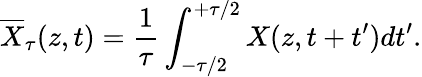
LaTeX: \overline{{X}}_{\tau}(z,t)=\frac{1}{\tau}\int_{-\tau/2}^{+\tau/2}X(z,t+t^{\prime})dt^{\prime}.